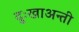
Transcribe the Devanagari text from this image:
दुःखाअन्ती